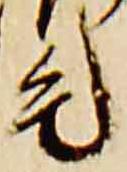
毛